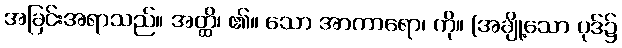
အခြင်းအရာသည်။ အတ္ထိ၊ ၏။ သော အာကာရော၊ ကို။ (အချို့သော ပုဒ်၌